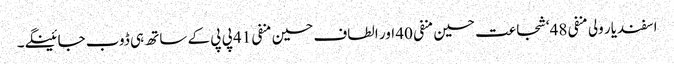
اسفندیار ولی منفی 48‘ شجاعت حسین منفی 40 اور الطاف حسین منفی 41 پی پی کے ساتھ ہی ڈوب جائینگے۔